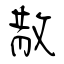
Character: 散